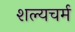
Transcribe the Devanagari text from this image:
शल्यचर्म